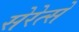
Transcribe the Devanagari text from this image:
सेरेत्से